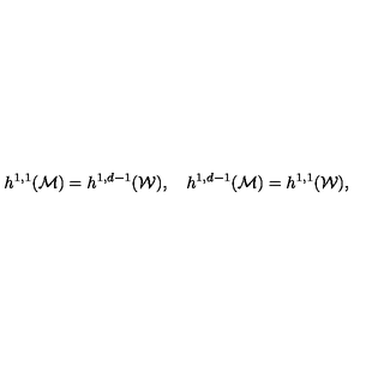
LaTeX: h ^ { 1 , 1 } ( { \cal M } ) = h ^ { 1 , d - 1 } ( { \cal W } ) , \quad h ^ { 1 , d - 1 } ( { \cal M } ) = h ^ { 1 , 1 } ( { \cal W } ) ,